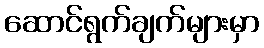
ဆောင်ရွက်ချက်များမှာ